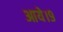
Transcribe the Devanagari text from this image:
आये।९